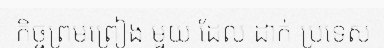
កិច្ចព្រមព្រៀង មួយ ដែល ដាក់ ប្រទេស